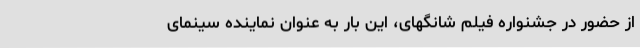
از حضور در جشنواره‌ فیلم شانگهای، این بار به عنوان نماینده‌ سینمای